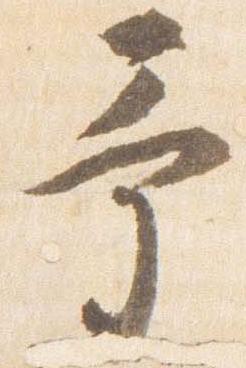
予